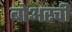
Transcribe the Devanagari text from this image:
बोअरची